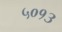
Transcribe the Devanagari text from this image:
५०१३